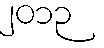
၂၀၁၃